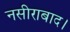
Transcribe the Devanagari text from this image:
नसीराबाद।